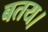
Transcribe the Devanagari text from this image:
बतय।